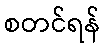
စတင်ရန်